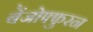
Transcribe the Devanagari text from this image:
बेंजोफ्फुरन